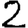
Digit: 2